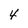
Character: 4